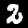
Label: 2